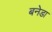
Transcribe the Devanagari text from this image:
बनेडा